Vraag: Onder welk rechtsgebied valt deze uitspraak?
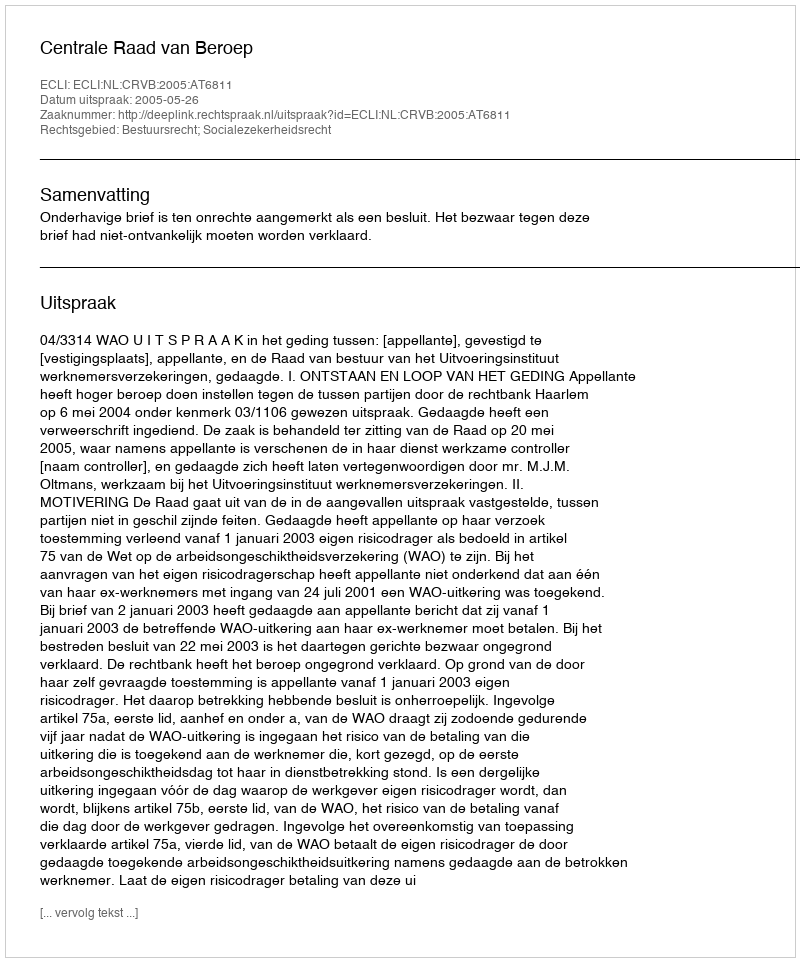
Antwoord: Bestuursrecht; Socialezekerheidsrecht